Streptothrix isolated from the spleen of a leper - Number 51
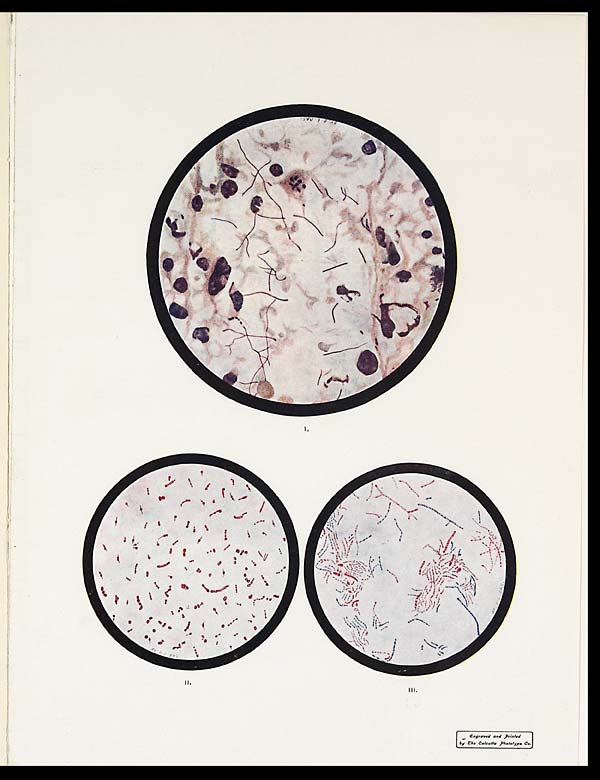
I.
III.
Engraved and printed
by the Calcutta phototype Co.